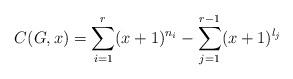
LaTeX: \begin{align*}C(G,x)=\sum_{i=1}^{r}(x+1)^{n_i} - \sum_{j=1}^{r-1}(x+1)^{l_j}\end{align*}